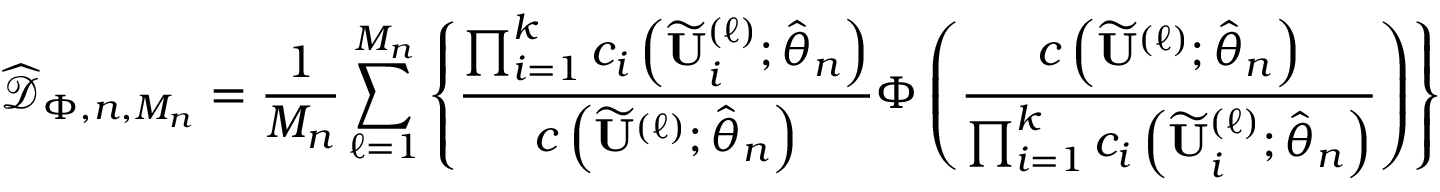
\widehat { \mathcal { D } } _ { \Phi , n , M _ { n } } = \frac { 1 } { M _ { n } } \sum _ { \ell = 1 } ^ { M _ { n } } \left\{ \frac { \prod _ { i = 1 } ^ { k } c _ { i } \left( \widetilde { \mathbf { U } } _ { i } ^ { ( \ell ) } ; \widehat { \boldsymbol { \theta } } _ { n } \right) } { c \left( \widetilde { \mathbf { U } } ^ { ( \ell ) } ; \widehat { \boldsymbol { \theta } } _ { n } \right) } \Phi \left( \frac { c \left( \widetilde { \mathbf { U } } ^ { ( \ell ) } ; \widehat { \boldsymbol { \theta } } _ { n } \right) } { \prod _ { i = 1 } ^ { k } c _ { i } \left( \widetilde { \mathbf { U } } _ { i } ^ { ( \ell ) } ; \widehat { \boldsymbol { \theta } } _ { n } \right) } \right) \right\}